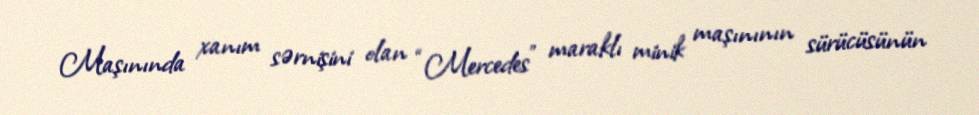
Maşınında xanım sərnişini olan “Mercedes” maraklı minik maşınının sürücüsünün